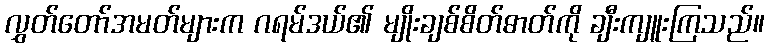
လွှတ်တော်အမတ်များက ဂရမ်ဒယ်၏ မျိုးချစ်စိတ်ဓာတ်ကို ချီးကျူးကြသည်။